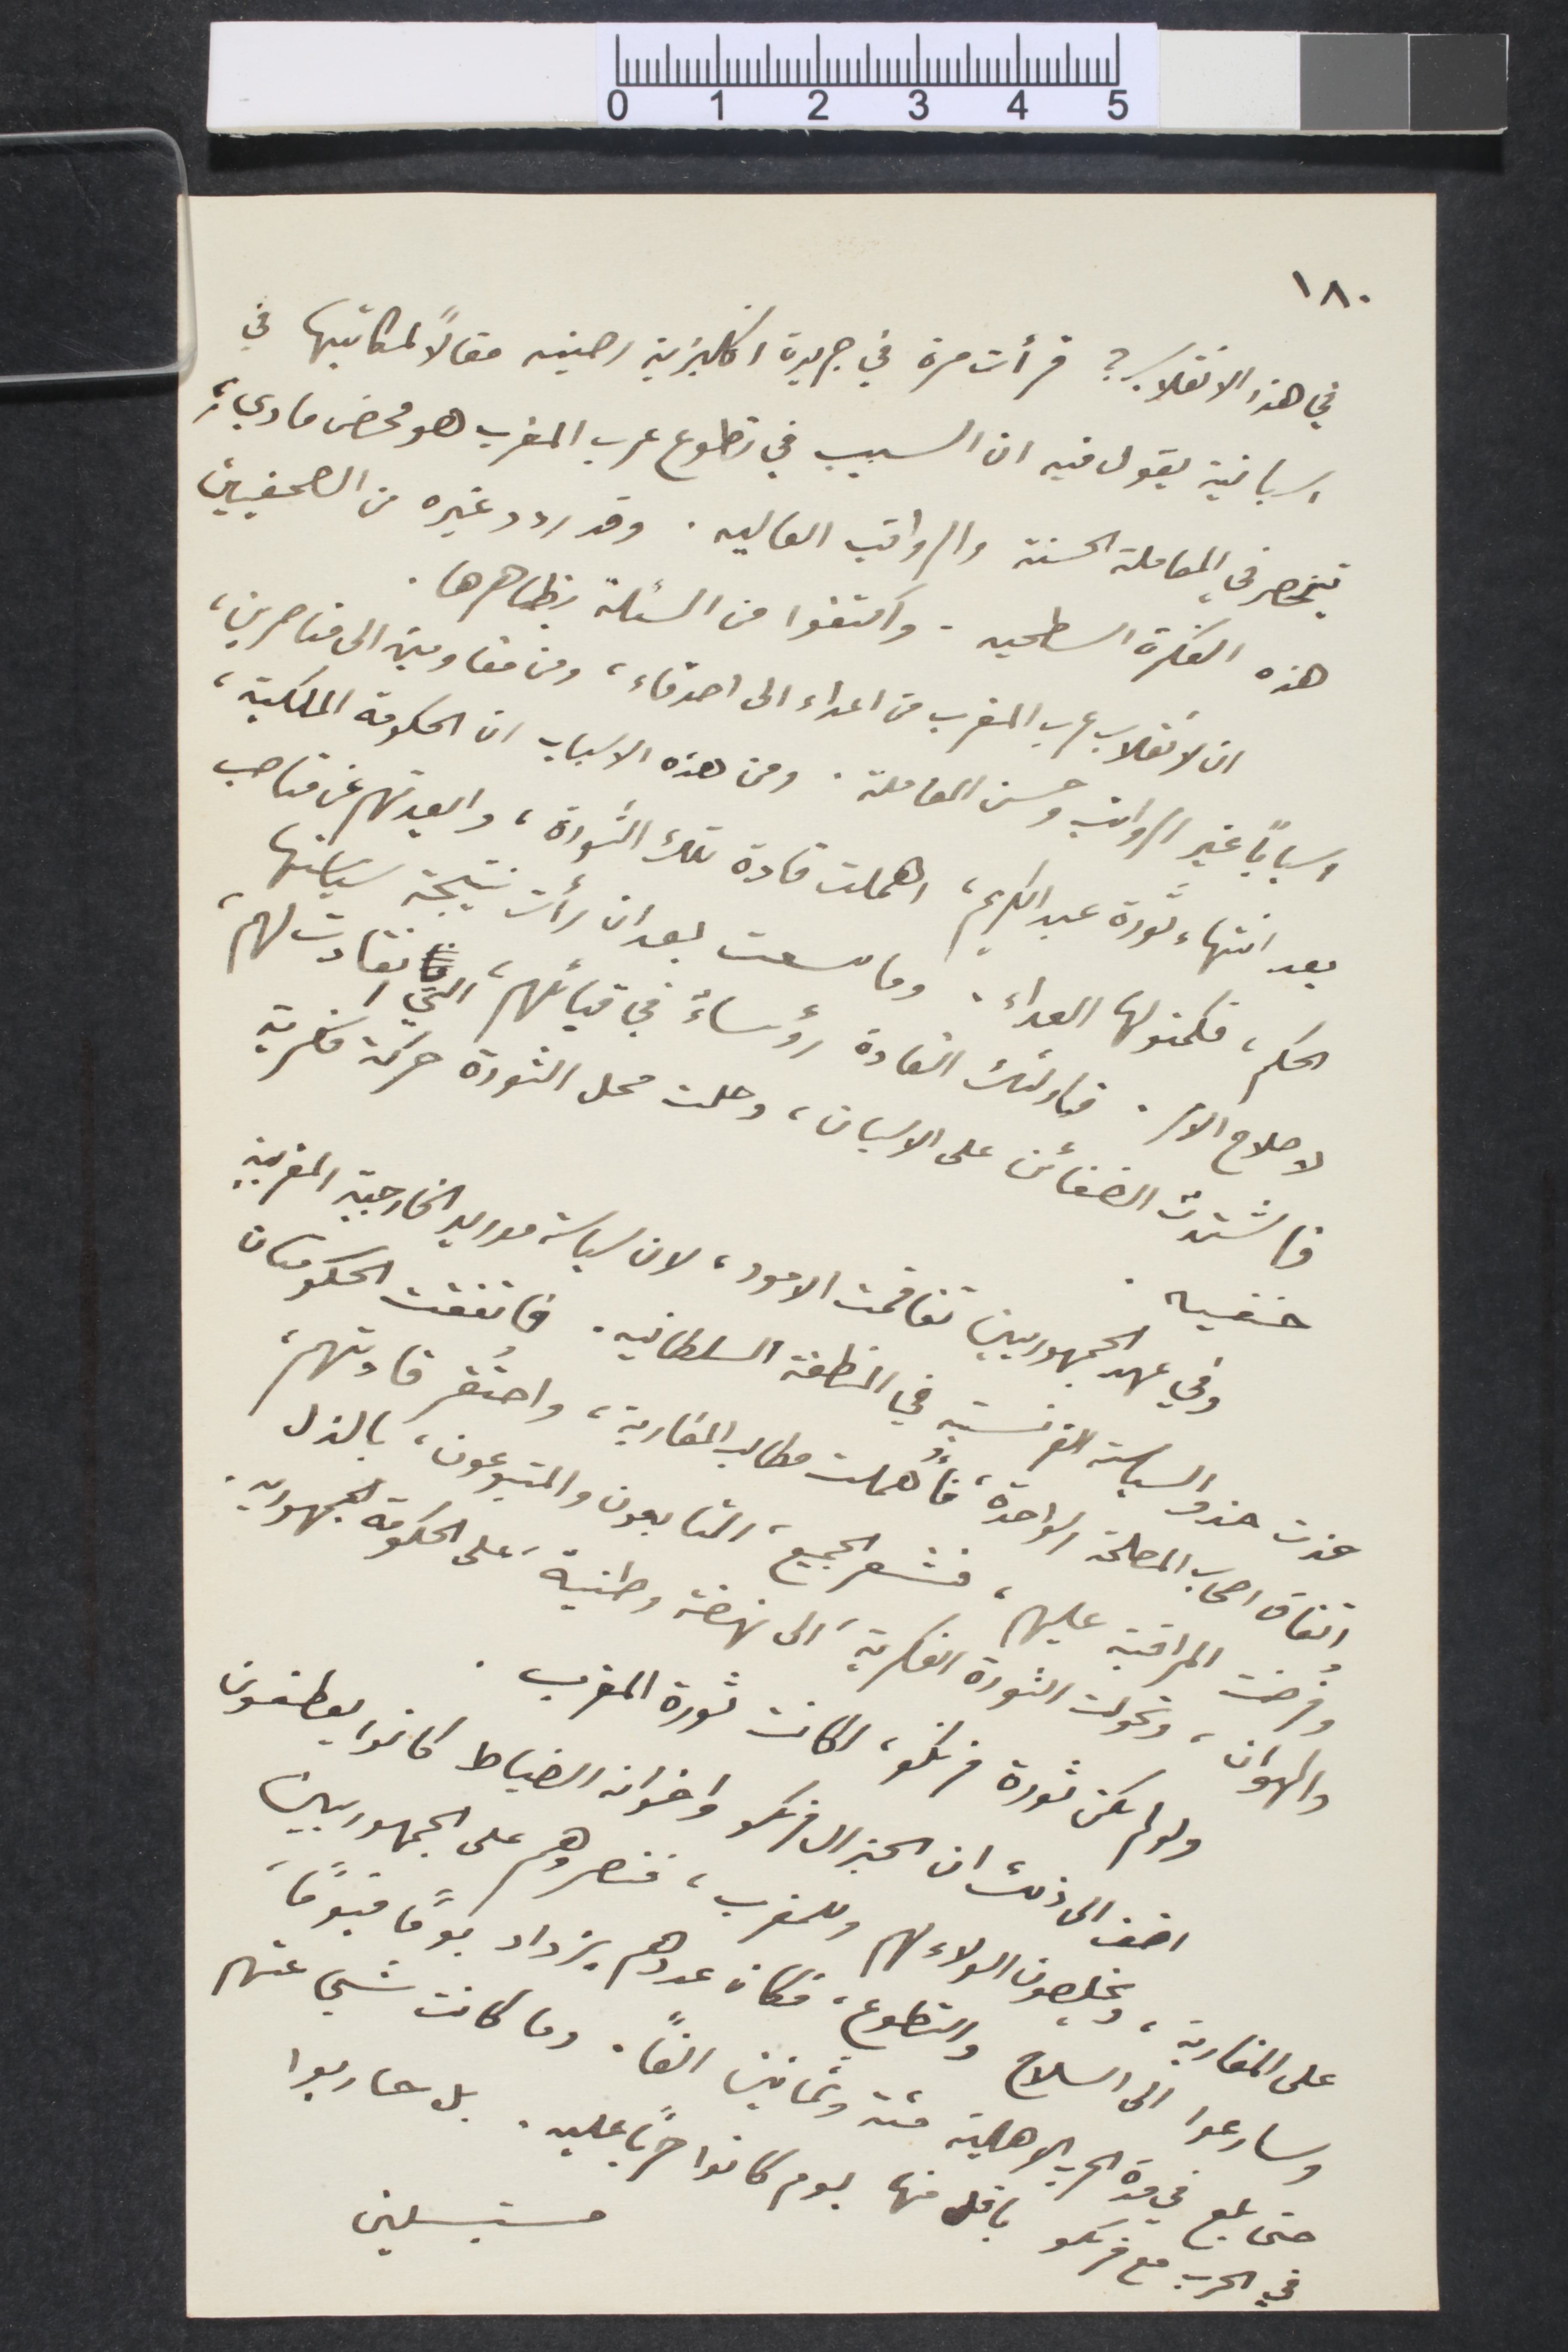
١٨٠
في هذا الانقلاب؟ قرأت مرة في جريدة  انكليزية رصينه مقالًا لكاتبها في
اسبانية يقول فيه ان السبب في تطوع عرب المغرب هو محض مادي،
ينحصر في المعاملة الحسنة والرواتب العاليه. وقد ردد غيره من الصحفيين
هذه الفكرة السطحيه. واكتفوا من المسألة بظاهرها.
ان لانقلاب عرب المغرب من اعداء الى اصدقاء، ومن مقاومين إلى مناصرين،
اسبابا غير الرواتب وحسن المعاملة. ومن هذه الاسباب ان الحكومة الملكية،
بعد أنتهاء ثورة عبد الكريم، اهملت قادة تلك الثورة، وابعدتهم عن مناصب
الحكم فكمنو لها العداء. وما سعت بعد ان رأت نتيجة سياستها
لاصلاح الأمر. فاولئك القادة رؤساء في قبائلهم، التي انقادت لهم
فاشتدت الضغائن على الاسبان، وحلت محل الثورة حركة فكرية
خفيه.
وفي عهد الجمهوريين تفاقمت الأمور، لان سياسة مدريد الخارجية المغربية
حذت حذو السياسة الفرنسية في المنطفة السلطانية. فانفقت الحكومتان
واتفاق اصحاب المصلحة الواحدة، فاهملت مطالب المغاربة، واحتقر قادتهم،
وفرضت المراقبة عليهم، فشعر الجميع، التابعون والمتبوعون، بالذل
والهوان، وتحولت الثورة الفكرية، إلى نهضة وطنية على الحكومة الجمهورية.
ولولم تكن ثورة فرنكو، لكانت ثورة المغرب.
اضف إلى ذلك ان الجنرال فرنكو واخوان الضباط كانوا يعطفون
على المغاربة، ويخلصون الولاء لهم وللمغرب، فنصروهم على الجمهوريين.
وسارعوا الى السلاح والتطوع، فكان عددهم يزداد يُومًا فيومًا،
مستبسلين
حتى بلغ في مدة الحرب الاهلية مئة وثمانين الفًا. وما كانت شيء عنهم
في الحرب مع فرنكو ياعلى منها يوم كانوا حربًا عليه، بل حاربوا